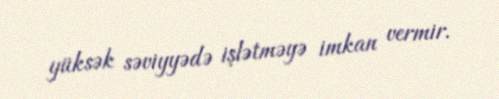
yüksək səviyyədə işlətməyə imkan vermir.